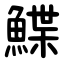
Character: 鰈